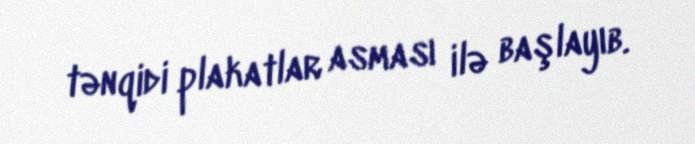
tənqidi plakatlar asması ilə başlayıb.